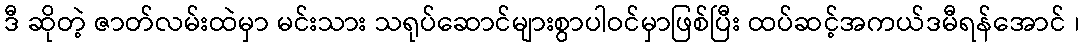
ဒီ ဆိုတဲ့ ဇာတ်လမ်းထဲမှာ မင်းသား သရုပ်ဆောင်များစွာပါဝင်မှာဖြစ်ပြီး ထပ်ဆင့်အကယ်ဒမီရန်အောင် ၊